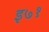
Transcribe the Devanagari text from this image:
इ७१